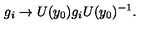
g _ { i } \rightarrow U ( y _ { 0 } ) g _ { i } U ( y _ { 0 } ) ^ { - 1 } .